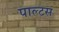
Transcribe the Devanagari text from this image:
पाल्टस